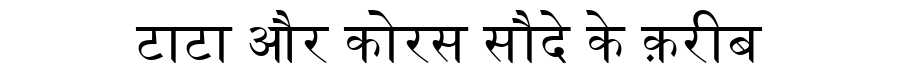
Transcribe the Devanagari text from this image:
टाटा और कोरस सौदे के क़रीब